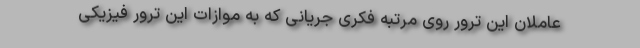
عاملان این ترور روی مرتبه فکری جریانی که به موازات این ترور فیزیکی